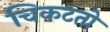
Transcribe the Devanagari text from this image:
चिकटतो